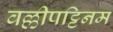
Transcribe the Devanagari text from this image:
वल्लीपट्टिनम